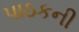
પાઠકની